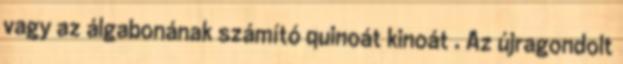
vagy az álgabonának számító quinoát kinoát . Az újragondolt